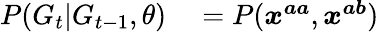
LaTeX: \begin{array}{rl}{P(G_{t}|G_{t-1},\theta)}&{{}=P(\boldsymbol{x^{aa}},\boldsymbol{x^{ab}})}\end{array}